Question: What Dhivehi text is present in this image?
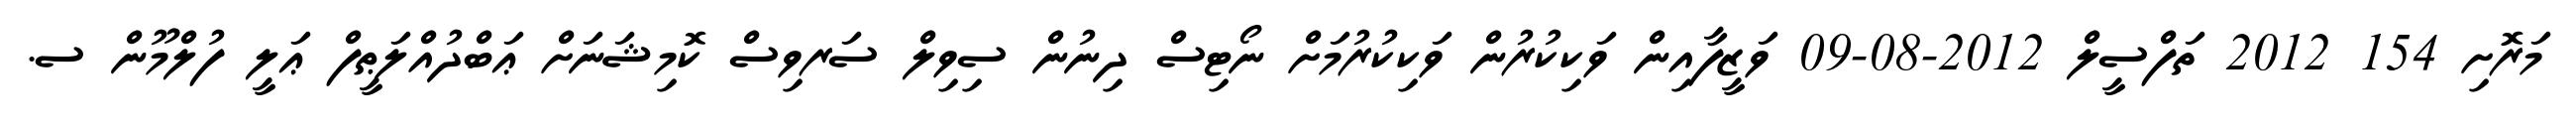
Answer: މަރޮށި 154 2012 ތަފްސީލް 2012-08-09 ވަޒީފާއިން ވަކިކުރުން ވަކިކުރުމަށް ނޯޓިސް ދިނުން ސިވިލް ސަރވިސް ކޮމިޝަނަށް ޢަބްދުއްލަޠީފް ޢަލީ ފުލްމޫން ސ.